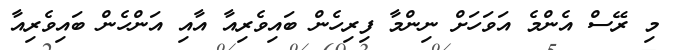
މި ރޭސް އެންމެ އަވަހަށް ނިންމާ ފިރިހެން ބައިވެރިއާ އާއި އަންހެން ބައިވެރިއާ